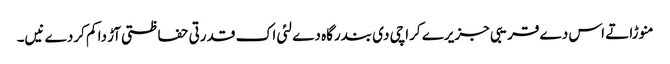
منوڑا تے اس دے قریبی جزیرے کراچی د‏‏ی بندرگاہ دے لئی اک قدرتی حفاظتی آڑ دا کم کردے نی‏‏‏‏ں۔